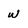
Character: w